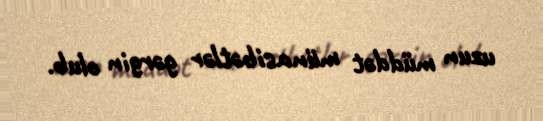
uzun müddət münasibətlər gərgin olub.